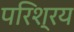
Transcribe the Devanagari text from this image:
परिश्रय